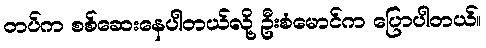
တပ်က စစ်ဆေးနေပါတယ်လို့ ဦးစံမောင်က ပြောပါတယ်။